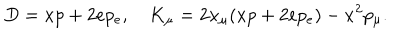
D = x p + 2 e p _ { e } , \quad K _ { \mu } = 2 x _ { \mu } ( x p + 2 e p _ { e } ) - x ^ { 2 } p _ { \mu } .